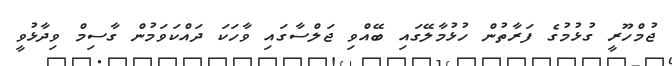
ޖުމްހޫރީ ގުޅުމުގެ ފަރާތުން ހުޅުމާލޭގައި ބޭއްވި ޖަލްސާގައި ވާހަކަ ދައްކަވަމުން ގާސިމް ވިދާޅުވީ